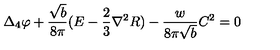
\Delta _ { 4 } \varphi + \frac { \sqrt { b } } { 8 \pi } ( E - \frac 2 3 { \nabla } ^ { 2 } R ) - \frac { w } { 8 \pi \sqrt { b } } C ^ { 2 } = 0